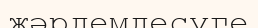
жәрдемдесуге